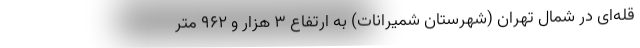
قله‌ای در شمال تهران (شهرستان شمیرانات) به ارتفاع ۳ هزار و ۹۶۲ متر